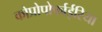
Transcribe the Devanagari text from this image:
कोप्रोपोर्फाईरिया